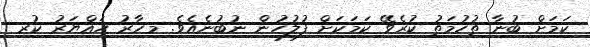
ކަމަށް ބުނާ ތުހުމަތު ކުރެވޭ ކަމަކަށް ފުލުހުން ނުބުނެއެވެ. މިހާރު ހައްޔަރު ކުރި